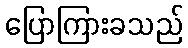
ပြောကြားခသည်